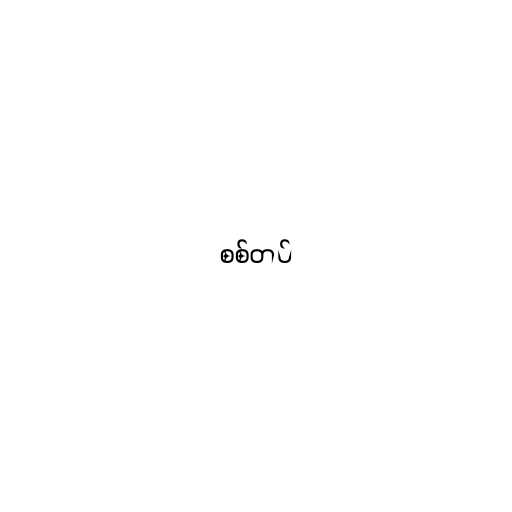
စစ်တပ်